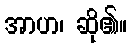
အာဟ၊ ဆို၏။